Annual report of the Punjab Veterinary College and of the Civil Veterinary Department, Punjab - 1909-1919
Year: 1909
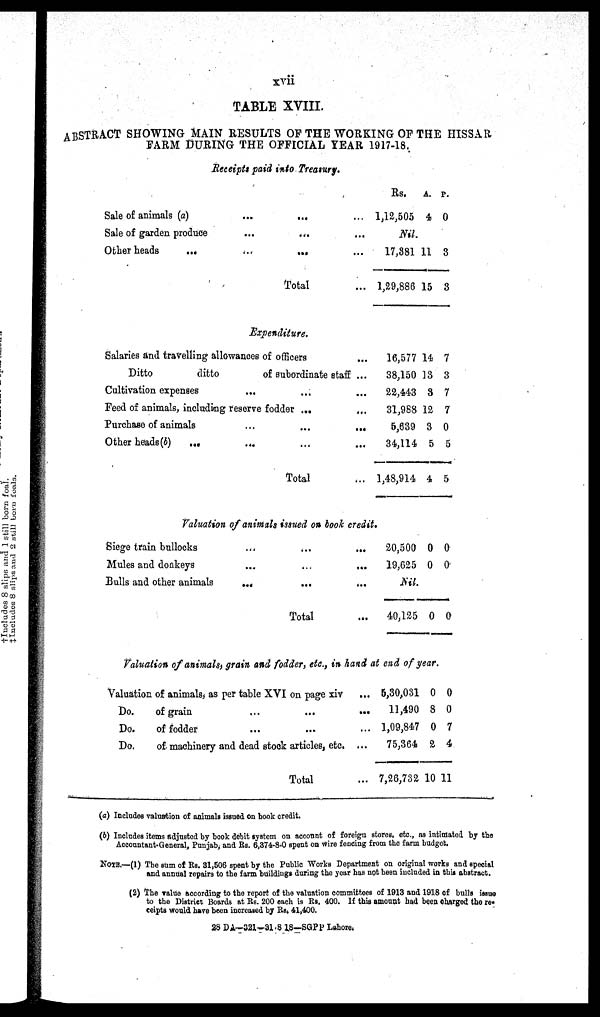
TABLE XVIII.
ABSTRACT SHOWING MAIN RESULTS OP THE WORKING OP THE HISSAR
FARM DURING THE OFFICIAL YEAR 1917-18.
Receipts paid into Treasury.
Sale of animals (a)
Sale of garden produce
Other heads
...
...
...
...
...
...
...
Total
Rs.
... 1,12,505
A.
4
P.
0
... Nil.
... 17,881
... 1,29,886
11
15
3
3
Expenditure.
Salaries and travelling allowances of officers
Ditto
ditto
of subordinate staff
Cultivation expenses ... ...
Feed of animals, including reserve fodder ...
Purchase of animals ... ...
Other heads(b) ... ... ...
Total
...
...
...
...
...
...
...
16,577
38,150
22,443
31,988
5,639
34,114
1,48,914
14
13
3
12
3
5
4
7
3
7
7
0
5
5
Valuation of animals issued on booh credit.
Siege train bullocks
Mules and donkeys
Bulls and other animals
...
...
...
...
...
...
Total
...
...
...
...
20,500
19,625
0
0
0
0
Nil.
40,125 0 0
Valuation of animals, grain and fodder, etc., in hand at end of year.
Valuation of animals, as per table XVI on page xiv
Do.
of grain ... ...
Do.
of fodder ... ...
Do.
of machinery and dead stock articles, etc.
Total
...
...
...
...
...
5,30,031
11,490
1,09,847
75,364
7,26,732
0
8
0
2
10
0
0
7
4
11
(a) Includes valuation of animals issued on book credit.
(b) Includes items adjusted by book debit system on account of foreign stores, etc., as intimated by the
Accountant-General, Punjab, and Rs. 6,374-8-0 spent on wire fending from the farm budget.
NOTE.—(1) The sum of Rs. 31,506 spent by the Public Works Department on original works and special
and annual repairs to the farm buildings during the year has not been included in this abstract.
(2) The value according to the report of the valuation committees of 1913 and 1918 of bulls issue
to the District Boards at Rs. 200 each is Rs. 400. If this amount bad been charged the re-
ceipts would have been increased by Rs. 41,400.
28 DA—321-31.8 18—SGPP Lahore.